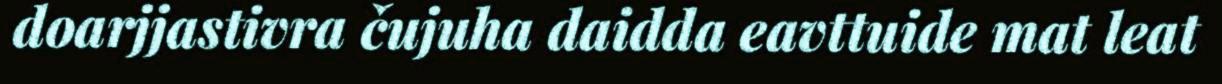
doarjjastivra čujuha daidda eavttuide mat leat